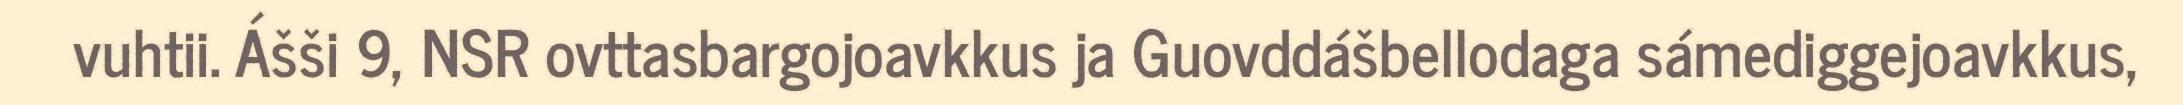
vuhtii. Ášši 9, NSR ovttasbargojoavkkus ja Guovddášbellodaga sámediggejoavkkus,